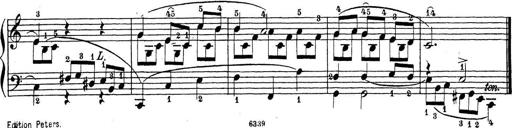
Title: Sonatina Album
Composer: Louis KÃ¶hler